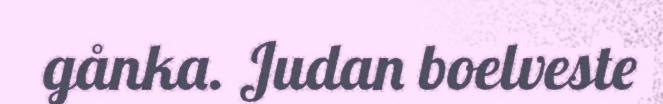
gånka. Judan boelveste